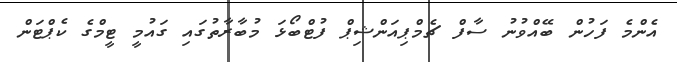
އެންމެ ފަހުން ބޭއްވުނު ސާފް ޗެމްޕިއަންޝިޕް ފުޓްބޯޅަ މުބާރާތުގައި ގައުމީ ޓީމްގެ ކެޕްޓަން